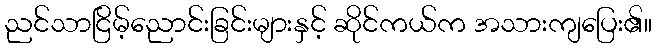
ညင်သာငြိမ့်ညောင်းခြင်းများနှင့် ဆိုင်ကယ်က အသားကျပြေး၏။